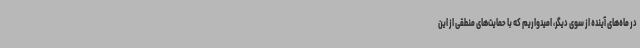
در ماه‌های آینده از سوی دیگر، امیدواریم که با حمایت‌های منطقی از این